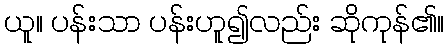
ယူ။ ပန်းသာ ပန်းဟူ၍လည်း ဆိုကုန်၏။